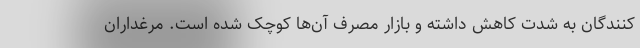
کنندگان به شدت کاهش داشته و بازار مصرف آن‌ها کوچک شده است. مرغداران